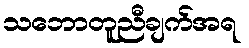
သဘောတူညီချက်အရ